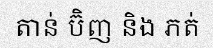
តាន់ ប៊ិញ និង ភត់